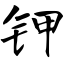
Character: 钾